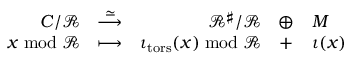
\begin{array} { r } { \begin{array} { r c r c l } { C / \mathscr { R } } & { \overset { \simeq } { \longrightarrow } } & { \mathscr { R } ^ { \sharp } / \mathscr { R } } & { \oplus } & { M } \\ { x \bmod { \mathscr { R } } } & { \longmapsto } & { \iota _ { \mathrm { t o r s } } ( x ) \bmod { \mathscr { R } } } & { + } & { \iota ( x ) } \end{array} } \end{array}